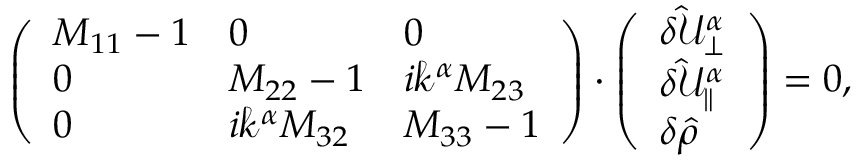
\begin{array} { r } { \left( \begin{array} { l l l } { M _ { 1 1 } - 1 } & { 0 } & { 0 } \\ { 0 } & { M _ { 2 2 } - 1 } & { i \mathcal { k } ^ { \alpha } M _ { 2 3 } } \\ { 0 } & { i \mathcal { k } ^ { \alpha } M _ { 3 2 } } & { M _ { 3 3 } - 1 } \end{array} \right) \cdot \left( \begin{array} { l } { \delta \hat { \mathcal { U } } _ { \perp } ^ { \alpha } } \\ { \delta \hat { \mathcal { U } } _ { \parallel } ^ { \alpha } } \\ { \delta \hat { \rho } } \end{array} \right) = 0 , } \end{array}